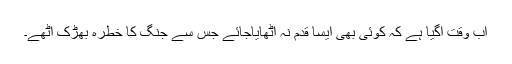
اب وقت آگیا ہے کہ کوئی بھی ایسا قدم نہ اٹھایاجائے جس سے جنگ کا خطرہ بھڑک اٹھے۔